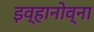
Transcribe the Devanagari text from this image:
इव्हानोव्ना